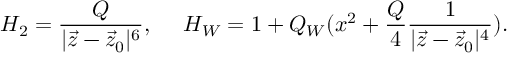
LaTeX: H _ { 2 } = { \frac { Q } { | \vec { z } - \vec { z } _ { 0 } | ^ { 6 } } } , \ \ \ \ H _ { W } = 1 + Q _ { W } ( x ^ { 2 } + { \frac { Q } { 4 } } { \frac { 1 } { | \vec { z } - \vec { z } _ { 0 } | ^ { 4 } } } ) .